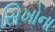
સિખોના